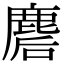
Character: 𪊪